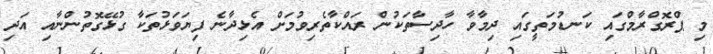
މި ޕްރޮގްރާމްގައި ކަނޑުމަތީގައި ދިމާވާ ހާދިސާތަކުން ރައްކާތެރިވުމަށް އެޅިދާނެ ފިޔަވަޅުތަކާ ގުޅޭގޮތުންނާއި އަދި